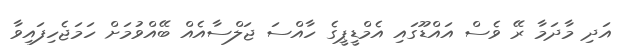
އަދި މާދަމާ ރޭ ވެސް އައްޑޫގައި އެމްޑީޕީގެ ހާއްސަ ޖަލްސާއެއް ބޭއްވުމަށް ހަމަޖެހިފައިވާ